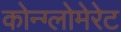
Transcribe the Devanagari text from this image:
कोन्ग्लोमेरेट